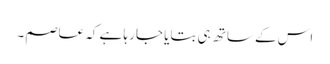
اس کے ساتھ ہی بتایا جا رہا ہے کہ عاصم۔